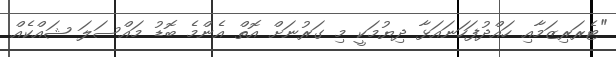
"ޓެރަރިޒަމާއި ހައްދުފަހަނައަޅާ ދިޔުމަކީ މި ގަރުނަށް އޮތް އެންމެ ބޮޑު މައްސަލަ ޝައްކެއް